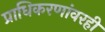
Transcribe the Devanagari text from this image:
प्राधिकरणांवरही